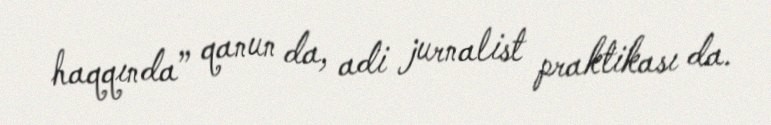
haqqında” qanun da, adi jurnalist praktikası da.